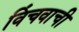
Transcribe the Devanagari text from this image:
विंचवाची